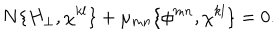
N \{ H _ { \perp } , \chi ^ { k l } \} + \mu _ { m n } \{ \phi ^ { m n } , \chi ^ { k l } \} = 0 .